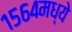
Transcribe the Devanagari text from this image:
१५६४मध्ये